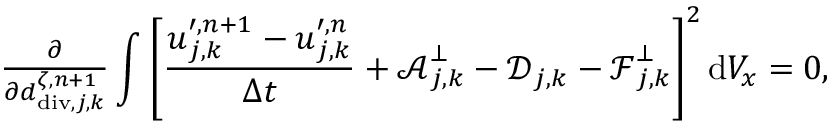
\begin{array} { r } { \frac { \partial } { \partial d _ { \mathrm { d i v } , j , \boldsymbol { k } } ^ { \zeta , n + 1 } } \displaystyle \int \left[ \frac { \boldsymbol { u } _ { j , \boldsymbol { k } } ^ { \prime , n + 1 } - \boldsymbol { u } _ { j , \boldsymbol { k } } ^ { \prime , n } } { \Delta t } + \boldsymbol { \mathcal { A } } _ { j , \boldsymbol { k } } ^ { \bot } - \boldsymbol { \mathcal { D } } _ { j , \boldsymbol { k } } - \boldsymbol { \mathcal { F } } _ { j , \boldsymbol { k } } ^ { \bot } \right] ^ { 2 } \mathrm { d } V _ { x } = 0 , } \end{array}